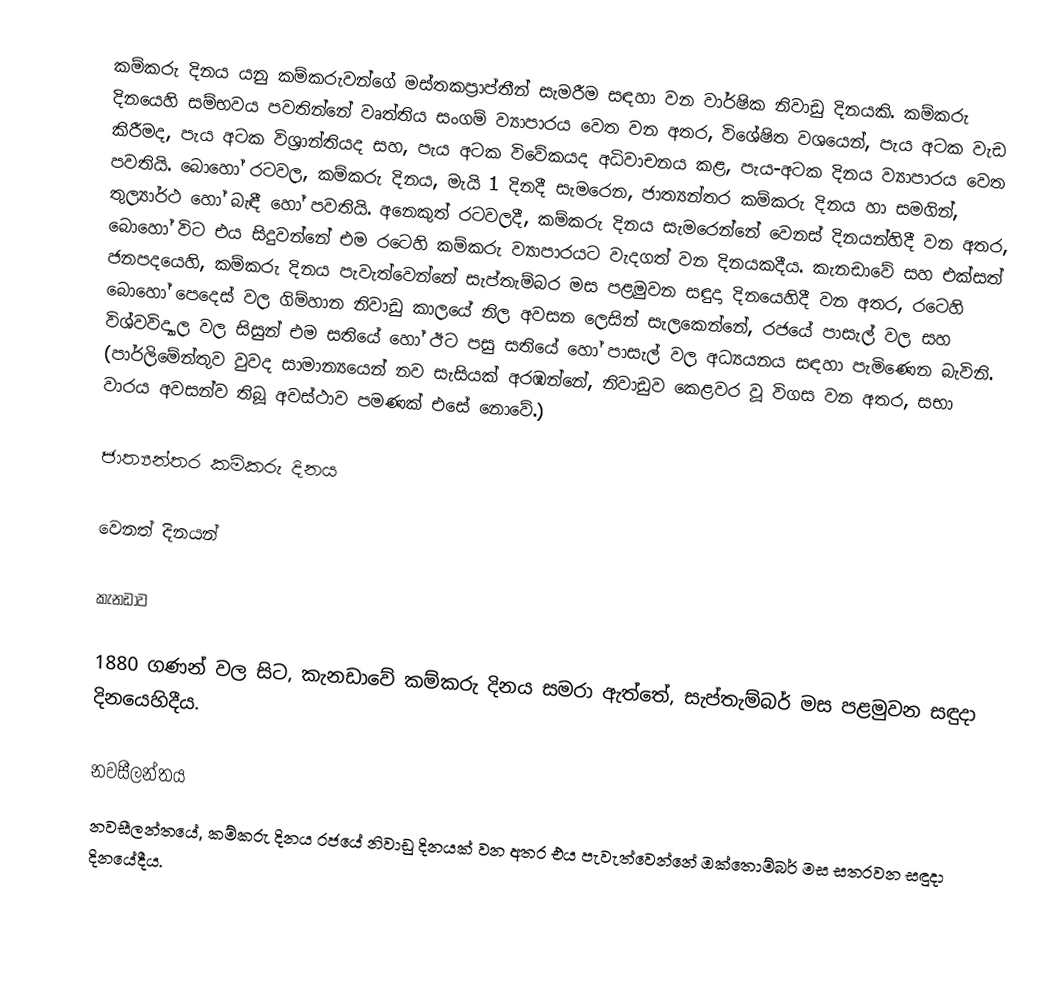
කම්කරු දිනය යනු කම්කරුවන්ගේ මස්තකප්‍රාප්තීන් සැමරීම සඳහා වන වාර්ෂික නිවාඩු දිනයකි. කම්කරු දිනයෙහි සම්භවය පවතින්නේ  වෘත්තිය සංගම් ව්‍යාපාරය වෙත වන අතර, විශේෂිත වශයෙන්, පැය අටක වැඩ කිරීමද, පැය අටක  විශ්‍රාන්තියද සහ, පැය අටක විවේකයද අධිවාචනය කළ,  පැය-අටක දිනය ව්‍යාපාරය වෙත පවතියි. බොහෝ රටවල, කම්කරු දිනය, මැයි 1 දිනදී සැමරෙන, ජාත්‍යන්තර කම්කරු දිනය හා සමගින්, තුල්‍යාර්ථ හෝ බැඳී හෝ  පවතියි. අනෙකුත් රටවලදී, කම්කරු දිනය සැමරෙන්නේ වෙනස් දිනයන්හිදී වන අතර, බොහෝ විට එය සිදුවන්නේ එම රටෙහි කම්කරු ව්‍යාපාරයට වැදගත් වන දිනයකදීය. කැනඩාවේ සහ එක්සත් ජනපදයෙහි, කම්කරු දිනය පැවැත්වෙන්නේ සැප්තැම්බර මස පළමුවන සඳුදා දිනයෙහිදී වන අතර, රටෙහි බොහෝ පෙදෙස් වල ගිම්හාන නිවාඩු කාලයේ නිල අවසන ලෙසින් සැලකෙන්නේ, රජයේ පාසැල් වල සහ විශ්වවිද්‍යාල වල සිසුන් එම සතියේ හෝ ඊට පසු සතියේ හෝ පාසැල් වල අධ්‍යයනය සඳහා පැමිණෙන බැවිනි. (පාර්ලිමේන්තුව වුවද සාමාන්‍යයෙන් නව සැසියක් අරඹන්නේ, නිවාඩුව කෙළවර වූ විගස වන අතර, සභා වාරය අවසන්ව තිබූ අවස්ථාව පමණක් එසේ නොවේ.)

ජාත්‍යන්තර කම්කරු දිනය

වෙනත් දිනයන්

කැනඩාව

1880 ගණන් වල සිට, කැනඩාවේ කම්කරු දිනය සමරා ඇත්තේ, සැප්තැම්බර් මස පළමුවන සඳුදා දිනයෙහිදීය.

නවසීලන්තය
නවසීලන්තයේ, කම්කරු දිනය රජයේ නිවාඩු දිනයක් වන අතර එය පැවැත්වෙන්නේ ඔක්තොම්බර් මස සතරවන සඳුදා දිනයේදීය.